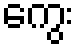
ကွေး